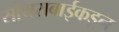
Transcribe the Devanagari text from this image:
सोयराबाईकडून